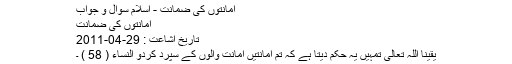
امانتوں کی ضمانت - اسلام سوال و جواب
امانتوں کی ضمانت
تاریخ اشاعت : 29-04-2011
یقینا اللہ تعالی تمہیں یہ حکم دیتا ہے کہ تم امانتیں امانت والوں کے سپرد کردو النساء ( 58 ) ۔